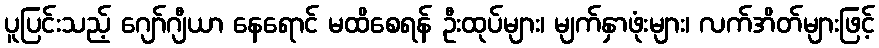
ပူပြင်းသည့် ဂျော်ဂျီယာ နေရောင် မထိစေရန် ဦးထုပ်များ၊ မျက်နှာဖုံးများ၊ လက်အိတ်များဖြင့်